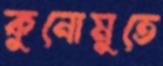
কুনোমুতে